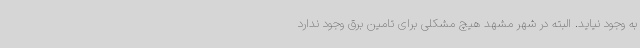
به وجود نیاید. البته در شهر مشهد هیچ مشکلی برای تامین برق وجود ندارد